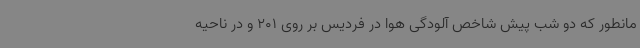
مانطور که دو شب پیش شاخص آلودگی هوا در فردیس بر روی 201 و در ناحیه